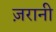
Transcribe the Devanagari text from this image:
ज़रानी